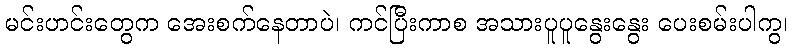
မင်းဟင်းတွေက အေးစက်နေတာပဲ၊ ကင်ပြီးကာစ အသားပူပူနွေးနွေး ပေးစမ်းပါကွ၊